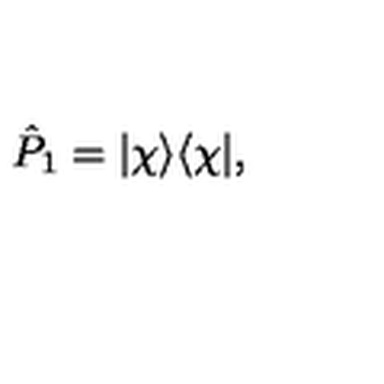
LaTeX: \hat { P } _ { 1 } = | \chi \rangle \langle \chi | ,